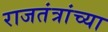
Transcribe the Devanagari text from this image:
राजतंत्रांच्या